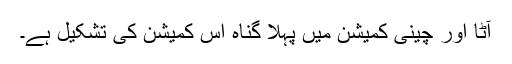
آٹا اور چینی کمیشن میں پہلا گناہ اس کمیشن کی تشکیل ہے۔